Lunatic asylums Madras 1892-1911 - 1892-1911
Year: 1892
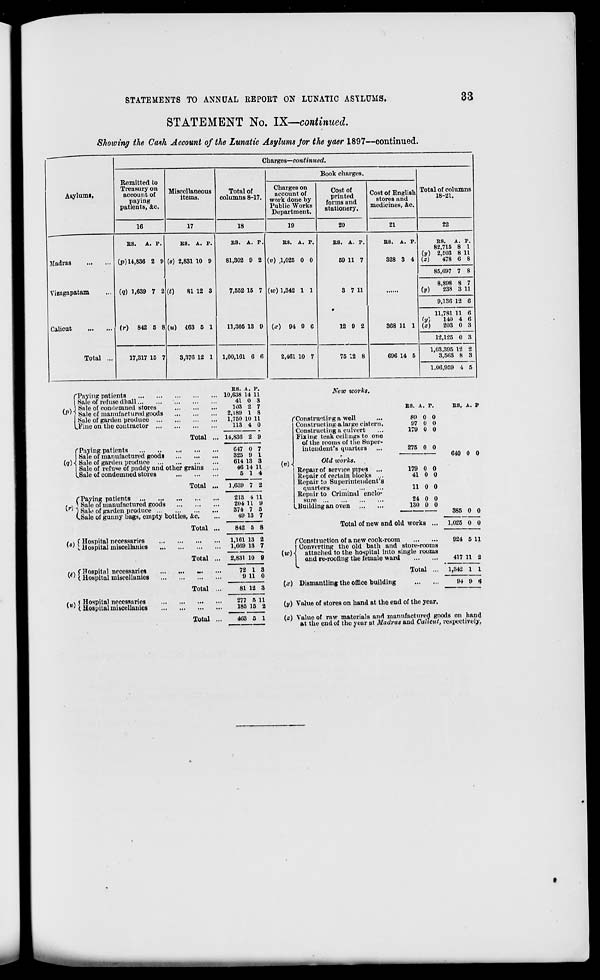
STATEMENTS TO ANNUAL REPORT ON LUNATIC ASYLUMS.
33
STATEMENT No. IX—continued.
Showing the Cam Account of the Lunatic Asylums Jor the yaer 1897—continued.
1
'
Charges—cont imied.
Asylums,
Remitted to
Treasury on
account of
paying
patients, &c.
Miscellaneous
items.
Total of
columns 8-17.
Book charges.
Total of columns
18-21.
Charges on
account of
work done by
Public Works
Department.
Cost of
printed
forms and
stationery.
Cost of English
stores and
medicines, &c.
16
17
18
19
20
21
22
Madras
Vizagapatam
Calicut
Total ...
ES. A. P.
(p) 14,836 2 9
(q) 1,639 7 2
(r) 842 5 8
BS. A. P.
(s) 2,831 10 9
(<)
81 12 3
(w) 463 5 1
ES. A. P.
81,302 9 2
7,552 15 7
11,305 13 9
ES. A. P.
(«) .1,025 0 0
(to) 1,342 1 1
(x) 94 9 6
ES. A. P.
59 11 7
3 7 11
12 9 2
ES. A. P.
328 3 4
368 11 1
ES. A. P.
82,715 8 1
(y) 2,503 8 11
(z)
478 6 8
85,097 7 8
8,898 8 7
(y)
238 3 11
9,136 12 6
11,781 11 6
(y)
140 4 6
(z)
203 0 3
12,125 0 3
17,317 15 7
3,376 12 1
1,00,161 6 6
2,461 10 7
75 12 8
696 14 5
1,03,395 12 2
3,563 8 3
1.00,959 4 5
f Paying patients
| Sale of refuse dliall
/_» I Sale of condemned stores
'"' j Sale of manufactured goods
Sale of garden produce ...
iFine on the contractor ...
Total
("Paying patients
I Sale of manufactured goods
(q) ■{ Sale of garden produce
| Sale of refute of paddy and other grains
LSale of condemned stores
Total
("Paying patients
5 Sale of manufactured goods
'*' ) Sale of garden produce .
kSale of gunny bags, empty bottles, &c.
t » < Hospital necessaries
*"' (.Hospital miscellanies
f .v fHospital necessaries
K ' I Hospital miscellanies
/ «j Hospital necessaries
v ; (Hospitalmiscellanies
Total
Total
Total
Total
BS. \. P.
10,638 14 11
41 0 8
103 2 7
2,180 1 8
1,750 10 11
113 •1 0
14,836 2 0
647 0 7
325 9 1
614 13 a
46 14 11
5 1 4
1,639 7 2
213 4 11
204 11 9
374 7 5
49 13 7
842 5 8
1,161 13
1,609 13
2
7
2,831 10 9
72 1
9 11
3
0
«1 12 3
277 B 11
185 15 2
New works.
CConstructing a well
Constructing a large cistern.
Constructing a culvert
Fixing teak ceilings to one
of the rooms of the Super-
intendent's quarters
(«H
Old works.
Repair of service pipes ...
Repair of certain blocks ...
Repair to Superintendent's
quarters
Repair to Criminal enclo-
sure
Lliuildingan oven
BS. A. P.
BS, A. P
S9 0 0
97 0 0
179 0 0
275 0 0
640 0 0
179 0 0
41 0 0
11 0 0
24 0 0
130 0 0
385 0 0
Total of new and old works
1,025 0 0
924 5 11
f Construction of anew cook-room
Converting the old bath and store-rooms
(w) ■{ attached to the hospital into single rooms
and re-roofing the female ward
417 11 2
Total
(x) Dismantling the office building
1,342 l 1
94 9 i)
403 5 1
(j/) Value of stores on hand at the end of the year.
(z) Value of raw materials and manufactured goods on hand
at the end of the year at Madras and Calicut, respectively,